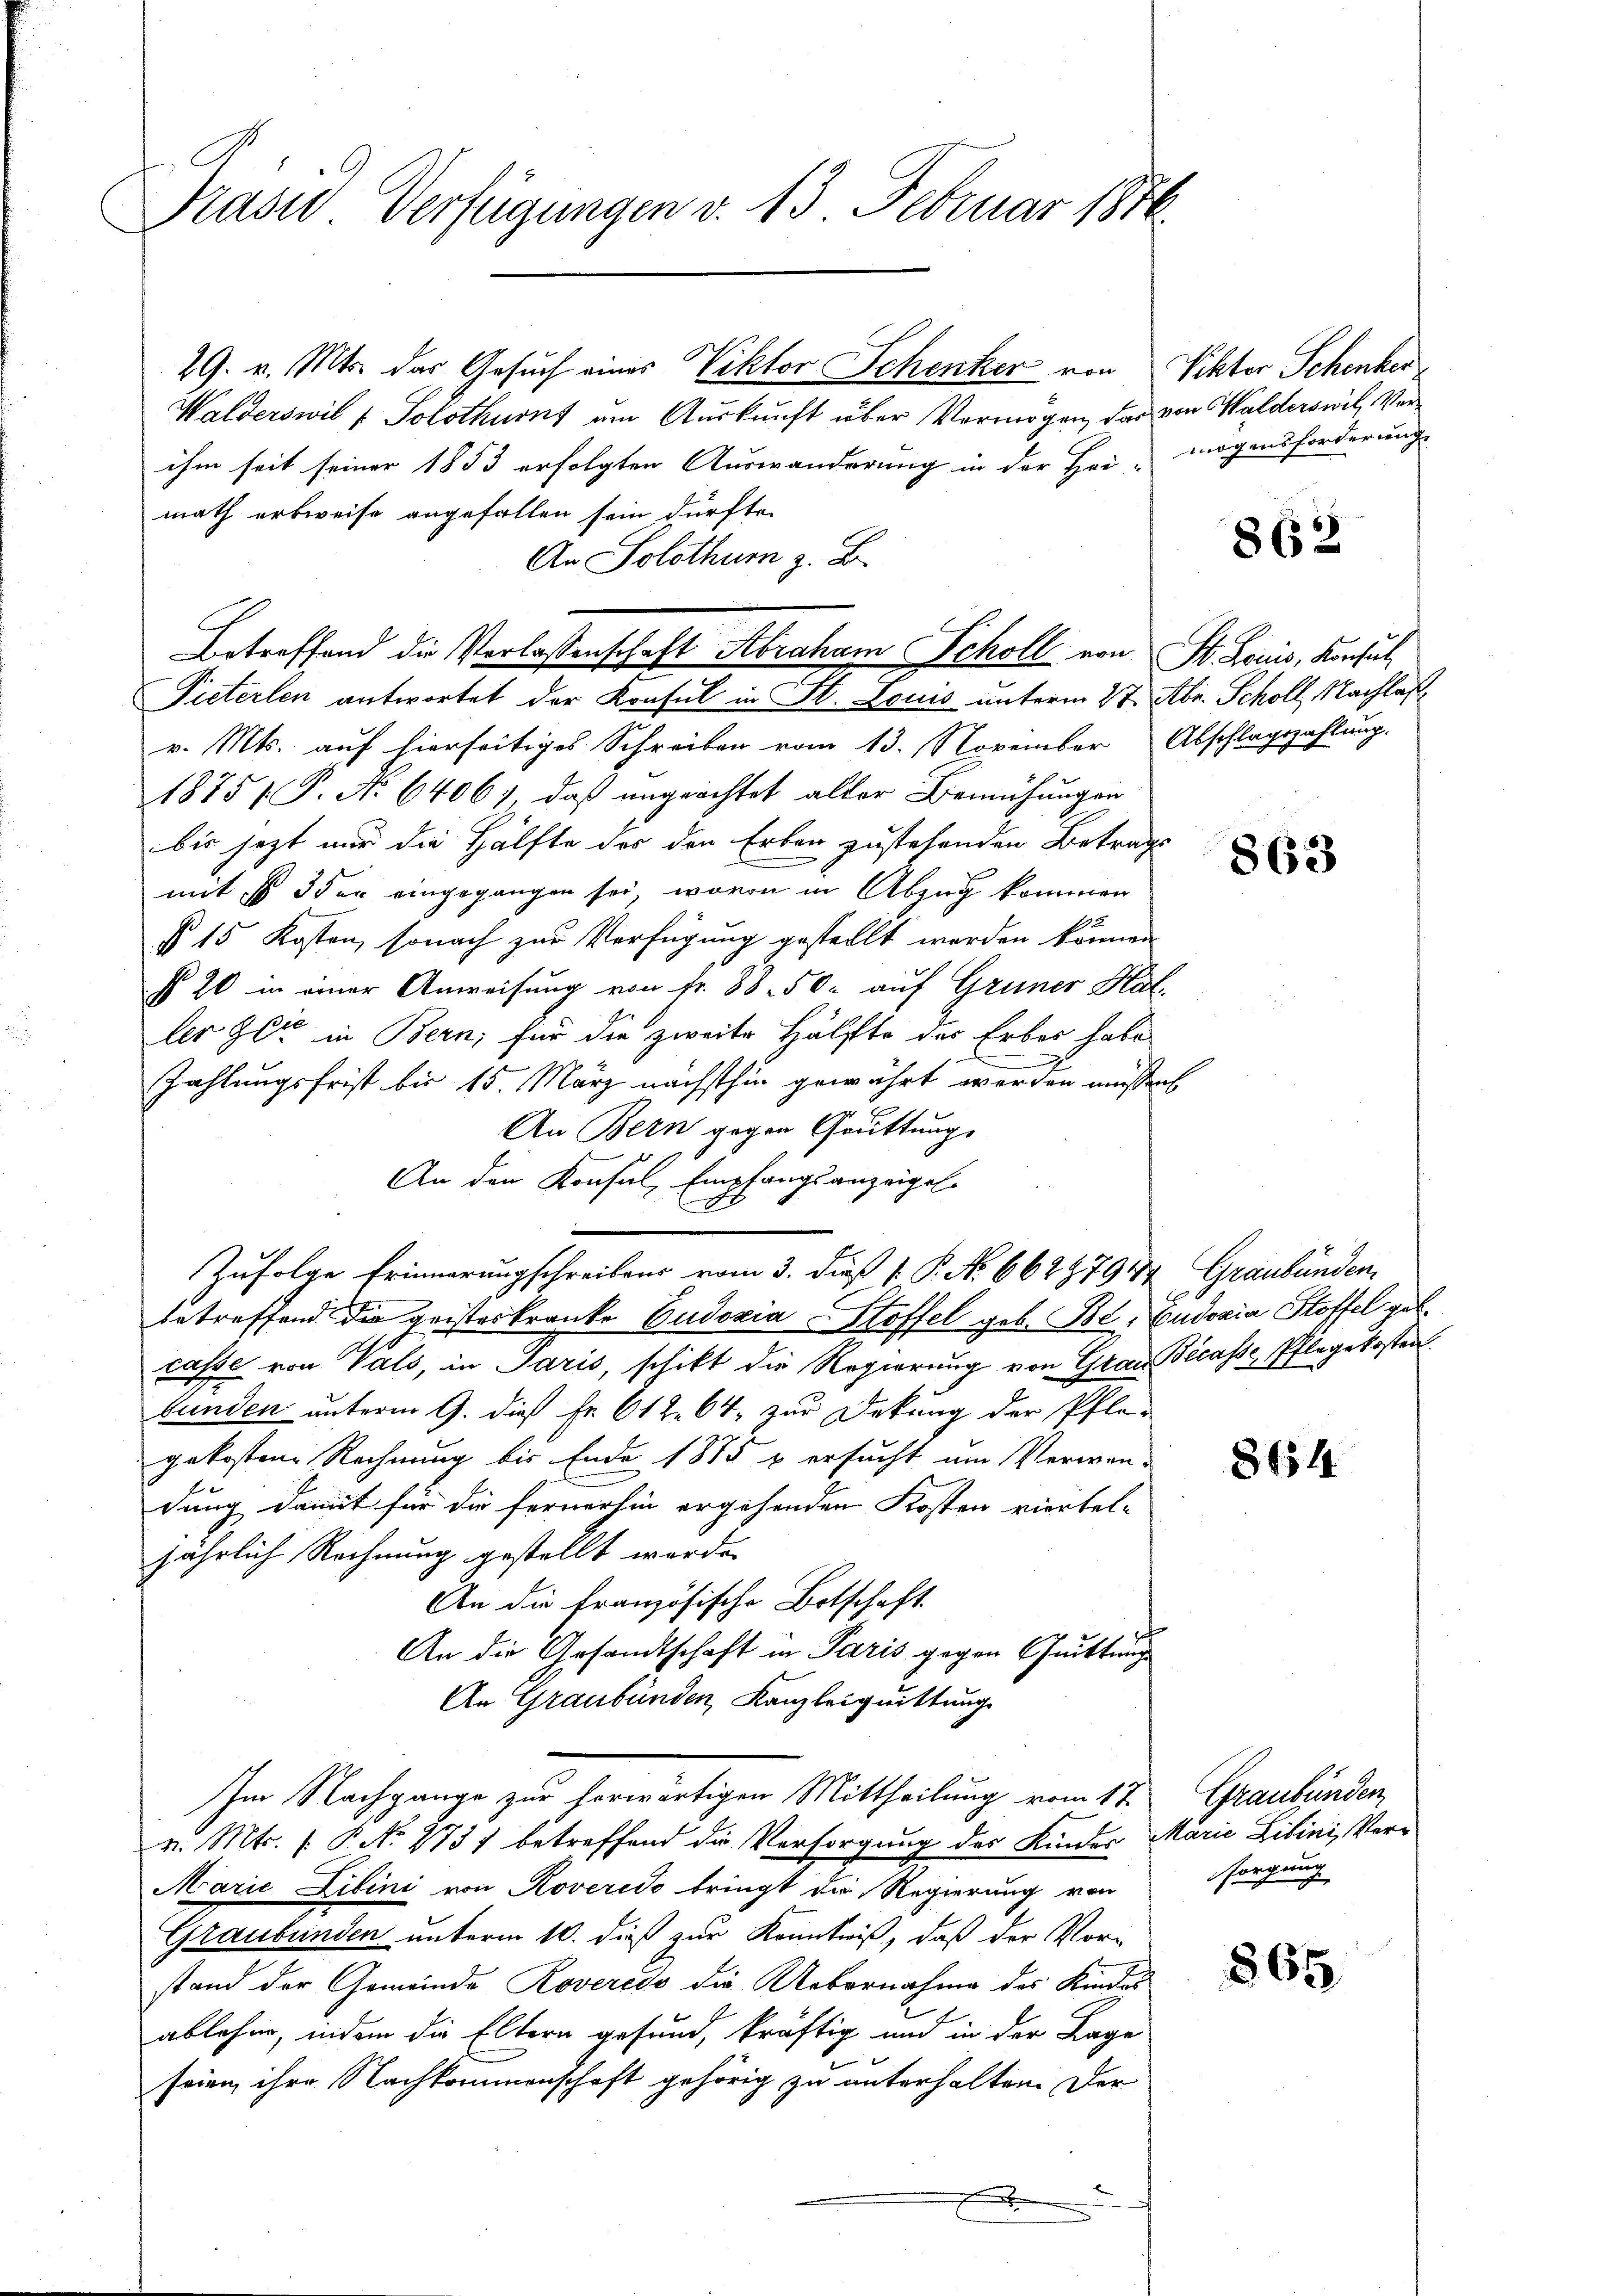
Präsid Verfügungen v. 13. Februar 1876.

29. v. Mts. das Gesuch eines Viktor Schenker von Viktor Schenker
Walderswil ( Solothurn um Auskunft über Vermögen, das von Walderswil, Verihm seit seiner 1853 erfolgten Auswanderung in der Hei- mögensforderung
math erbweise angefallen sein dürfte.
An Solothum z. B.
Pieterlen antwortet der Konsul in St. Louis unterm 27. Abr. Scholl, Nachlaß
v. Mts. auf hierseitiges Schreiben vom 13. November Abschlagszahlung.
1875 P. No 6406; daß ungeachtet alter Bemühungen
bis jetzt nur die Hälfte des den Erben zustehenden Betrags
mit ist oder eingegangen sei, wovon in Abzug kommen
2
§ 15 Kosten, sonach zur Verfügung gestellt worden können
§ 20 in einer Anweisung von fr. 88. 50. auf Grüner Hal
ler Zeit in Bern, für die zweite Hälfte des Erbes habe
.
Zahlungsfrist bis 15. März nächsthin gewährt werden müssen
An Bern gegen Grüttung
An den Konsul, Empfangsanzeigel.
Zufolge Erinnerungschreiben vom 3. dieß P. P. No 662979 1/4 Graubünden,
betreffend die geisteskranke Eudoxia Stoffel geb. Boe, Eudoxia Stoffel geb.
7
casse von Vals, in Paris, schikt die Regierung von Grau Bicasse, Pflegekosten
bunden unterm 9. dieß Fr. 612. 64, zur Dekung der Pfle-
gekostene Rechnung bis Ende 1875 u ersucht um Verwandung damit für die fernerhin ergehenden Kosten viertel-
jährlich Rechnung gestellt werde.
An die französische Botschaft.
An die Gesandtschaft in Paris gegen Quittung
An Graubünden, Kanzleiquittung
Im Nachgange zur herwärtigen Mittheilung vom 17. Graubünden,
v. Mts. f. P. No. 2737 betreffend die Versorgung des Kinder Marie Libini, Ver¬
Marie Libini von Roveredo bringt die Regierung von sorgung
Graubünden unterm 10. dieß zur Kenntniß, daß der Vor-
stand der Gemeinde Roveredo die Uebernahme des Kindes
E
ablehne, indem die Eltern gesund, kräftig und in der Lage
seien ihre Nachkommenschaft gehörig zu unterhalten. Der
b

Betreffend die Verlassenschaft Abraham Scholl von St. Louis, Konsul

862

863

864